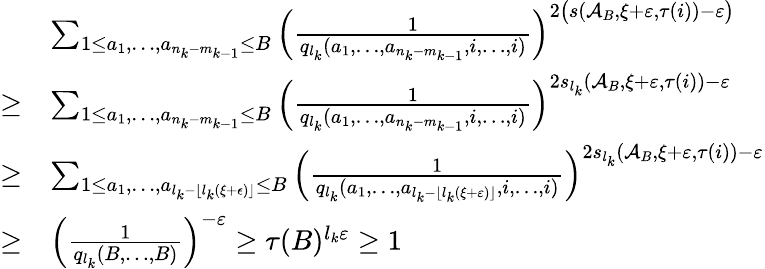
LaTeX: \begin{array}{rl}&{\sum_{1\leq a_{1},\ldots,a_{n_{k}-m_{k-1}}\leq B}\Big(\frac{1}{q_{l_{k}}(a_{1},\ldots,a_{n_{k}-m_{k-1}},i,\ldots,i)}\Big)^{2\big(s(\mathcal{A}_{B},\xi+\varepsilon,\tau(i))-\varepsilon\big)}}\\ {\geq}&{\sum_{1\leq a_{1},\ldots,a_{n_{k}-m_{k-1}}\leq B}\Big(\frac{1}{q_{l_{k}}(a_{1},\ldots,a_{n_{k}-m_{k-1}},i,\ldots,i)}\Big)^{2s_{l_{k}}(\mathcal{A}_{B},\xi+\varepsilon,\tau(i))-\varepsilon}}\\ {\geq}&{\sum_{1\leq a_{1},\ldots,a_{l_{k}-\lfloor l_{k}(\xi+\epsilon)\rfloor}\leq B}\Big(\frac{1}{q_{l_{k}}(a_{1},\ldots,a_{l_{k}-\lfloor l_{k}(\xi+\varepsilon)\rfloor},i,\ldots,i)}\Big)^{2s_{l_{k}}(\mathcal{A}_{B},\xi+\varepsilon,{\tau(i)})-\varepsilon}}\\ {\geq}&{\Big(\frac{1}{q_{l_{k}}(B,\ldots,B)}\Big)^{-\varepsilon}\geq\tau(B)^{l_{k}\varepsilon}\geq 1}\end{array}